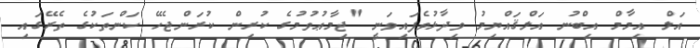
އަލް އިމާމް އިބްނު އަލްޤައްޔިމު ވިދާޅުވެފައިވަނީ "ޖިމާޢުވުމުގެ ކުރިން ކުރަންޖެހޭ ކަންތަކުގެ ތެރޭގައި